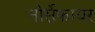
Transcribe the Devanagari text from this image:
नोर्सेफायर